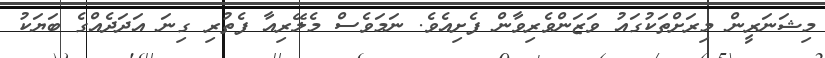
މިޝަނަރީން މިރަށްތަކުގައު ވަޒަންވެރިވާން ފެށިއެވެ. ނަމަވެސް މެލޭރިއާ ފެތުރި ގިނަ އަދަދެއްގެ ބަޔަކު